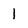
Character: 1